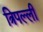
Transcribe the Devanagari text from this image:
त्रिपल्ली